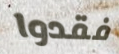
فقدوا